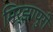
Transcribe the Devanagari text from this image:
मिर्झापुरी